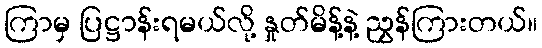
ကြာမှ ပြဋ္ဌာန်းရမယ်လို့ နှုတ်မိန့်နဲ့ ညွှန်ကြားတယ်။